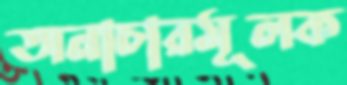
অনাচারমূলক